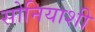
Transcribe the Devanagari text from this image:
सोनियाशी